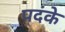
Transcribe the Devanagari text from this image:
पदंके